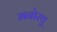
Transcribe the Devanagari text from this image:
मनोरथु